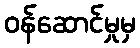
ဝန်ဆောင်မှုမှ